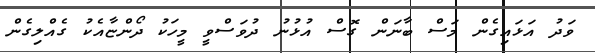
ވަދު އަޅައިގެން މަސް ބާނަން ގޮސް އުޅުނު ދުވަސްވީ މީހަކު ދޯންޏާއެކު ގެއްލިގެން